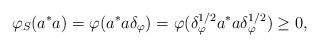
LaTeX: \begin{align*}\varphi_S(a^*a) = \varphi(a^*a\delta_{\varphi}) = \varphi(\delta_{\varphi}^{1/2}a^*a\delta_{\varphi}^{1/2}) \geq 0,\end{align*}